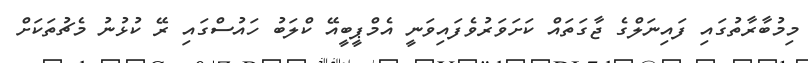
މިމުބާރާތުގައި ފައިނަލްގެ ޖާގަތައް ކަށަވަރުވެފައިވަނީ އެމްޕީބީއޭ ކްލަބު ހައުސްގައި ރޭ ކުޅުނު މެޗުތަކަށް